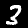
Digit: 3